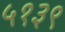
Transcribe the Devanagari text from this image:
५१३९